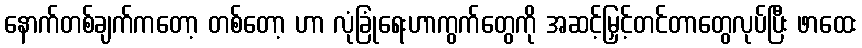
နောက်တစ်ချက်ကတော့ တစ်တော့ ဟာ လုံခြုံရေးဟာကွက်တွေကို အဆင့်မြှင့်တင်တာတွေလုပ်ပြီး ဖာထေး